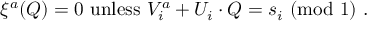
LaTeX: \xi ^ { a } ( Q ) = 0 ~ { \mathrm { u n l e s s } } ~ V _ { i } ^ { a } + U _ { i } \cdot Q = s _ { i } ~ ( { \mathrm { m o d } } ~ 1 ) ~ .